Leaving Certificate Examination (including Day School Certificate (Higher) General paper), 1934
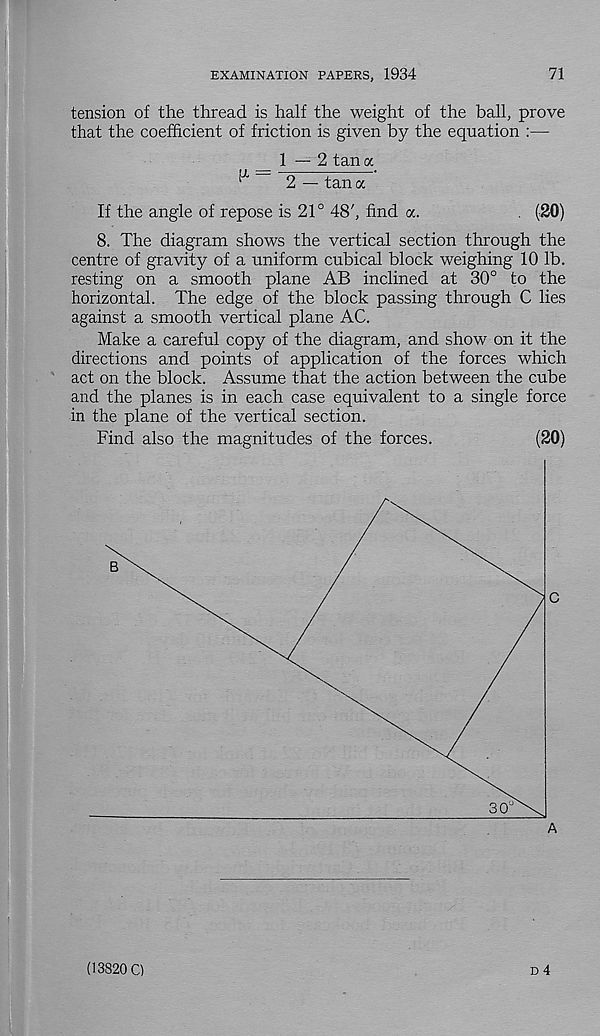
EXAMINATION PAPERS, 1934
71
tension of the thread is half the weight of the ball, prove
that the coefficient of friction is given by the equation :—
_ 1 — 2 tan a
^
2 — tan a
If the angle of repose is 21° 48', find a.
. (20)
8. The diagram shows the vertical section through the
centre of gravity of a uniform cubical block weighing 10 lb.
resting on a smooth plane AB inclined at 30° to the
horizontal. The edge of the block passing through C lies
against a smooth vertical plane AC.
Make a careful copy of the diagram, and show on it the
directions and points of application of the forces which
act on the block. Assume that the action between the cube
and the planes is in each case equivalent to a single force
in the plane of the vertical section.
Find also the magnitudes of the forces.
(20)
D 4
(13820 C)